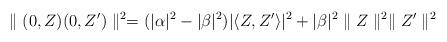
LaTeX: \begin{align*}\parallel (0,Z)(0,Z')\parallel^2=(\vert\alpha\vert^2-\vert\beta\vert^2)\vert\langle Z,Z'\rangle\vert^2 + \vert \beta\vert^2\parallel Z\parallel^2\parallel Z'\parallel^2\end{align*}